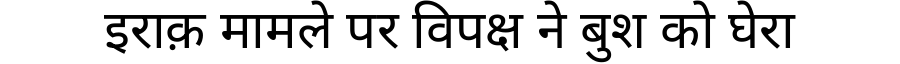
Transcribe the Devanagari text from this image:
इराक़ मामले पर विपक्ष ने बुश को घेरा